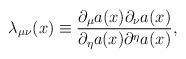
LaTeX: \begin{align*}{\lambda}_{{\mu}{\nu}}(x)\equiv \frac{{\partial}_{\mu}a(x){\partial}_{\nu}a(x)}{{\partial}_{\eta}a(x){\partial}^{\eta}a(x)},\end{align*}